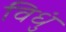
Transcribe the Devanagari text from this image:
विधुं